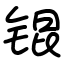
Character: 锟